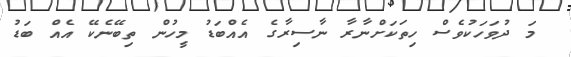
މަ ދުވަހަކުވެސް ހިތަކަށްނާރާ ނާސިރާގެ އެއްބަޑު މީހުން ތިބޭނެކޭ އެއް ބަޑު